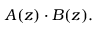
A ( z ) \cdot B ( z ) .